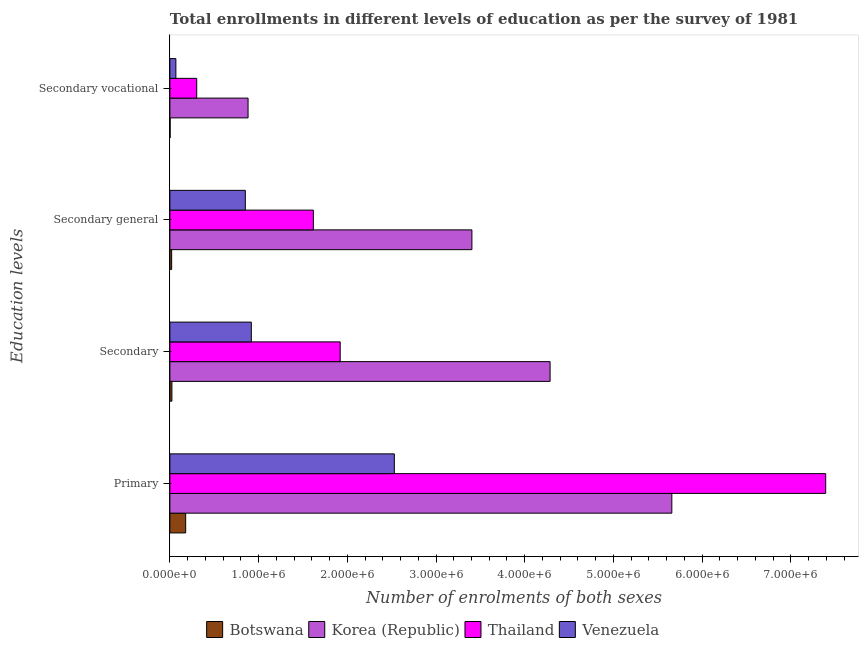
| Education levels | Botswana | Korea (Republic) | Thailand | Venezuela |
 | --- | --- | --- | --- | --- |
 | Primary | 1.78e+05 | 5.66e+06 | 7.39e+06 | 2.53e+06 |
 | Secondary | 2.3e+04 | 4.29e+06 | 1.92e+06 | 9.18e+05 |
 | Secondary general | 2.01e+04 | 3.4e+06 | 1.62e+06 | 8.5e+05 |
 | Secondary vocational | 2.81e+03 | 8.81e+05 | 3.03e+05 | 6.76e+04 |